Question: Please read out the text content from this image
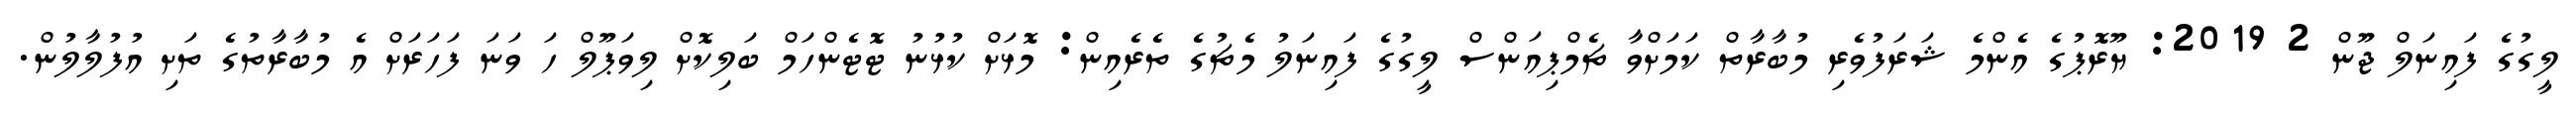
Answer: ލީގުގެ ފައިނަލް ޖޫން 2 2019: ޔޫރޮޕުގެ އެންމެ ޝަރަފުވެރި މުބާރާތް ކަމަށްވާ ޗެމްޕިއަންސް ލީގުގެ ފައިނަލު މެޗުގެ ތެރެއިން: މޮޅަށް ކުޅުނު ޓޮޓެންހަމް ބަލިކޮށް ލިވަޕޫލް ހަ ވަނަ ފަހަރަށް އެ މުބާރާތުގެ ތަށި އުފުލާލުން.